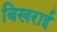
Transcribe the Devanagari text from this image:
बिखराई